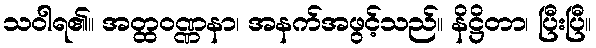
သဝါရ၏။ အတ္ထဝဏ္ဏနာ၊ အနက်အဖွင့်သည်။ နိဋ္ဌိတာ၊ ပြီးပြီ။